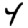
Digit: 4